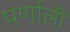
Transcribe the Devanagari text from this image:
पर्णाली